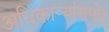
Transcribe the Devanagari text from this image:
अधिकार्‍यांसमोर